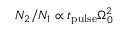
N _ { 2 } / N _ { 1 } \propto t _ { \mathrm { p u l s e } } \Omega _ { 0 } ^ { 2 }